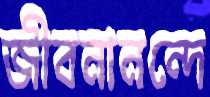
জীবনানন্দে